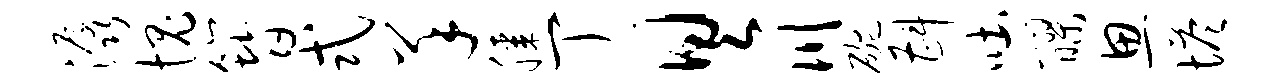
潺愧簪式羊膝丁具川碗斟吐醪思塔